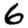
Digit: 6